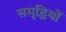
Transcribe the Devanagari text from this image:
समृद्धियों